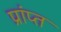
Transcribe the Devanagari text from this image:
प्रांप्त